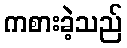
ကစားခဲ့သည်